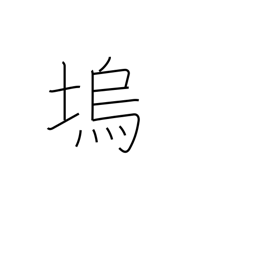
Meaning: fortress embankment